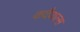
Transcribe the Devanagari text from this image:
कदैयाल्स